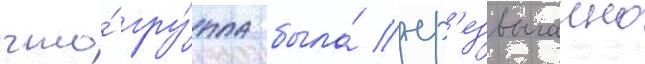
что́ гру́ппа была́ чр'езвычаино